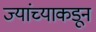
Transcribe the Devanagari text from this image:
ज्यांच्याकडून